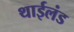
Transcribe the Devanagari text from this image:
थाईलंड